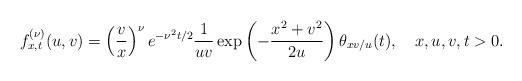
LaTeX: \begin{align*}f_{x,t}^{(\nu)}(u,v)=\left(\frac{v}{x}\right)^{\nu}e^{-\nu^2t/2}\frac1{uv}\exp\left(-\frac{x^2+v^2}{2u}\right)\theta_{xv/u}(t),\ \ \ x,u,v,t>0.\end{align*}